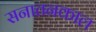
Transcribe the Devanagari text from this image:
सनातनकाल